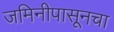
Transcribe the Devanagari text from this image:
जमिनीपासूनचा